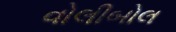
વોલીબોલ